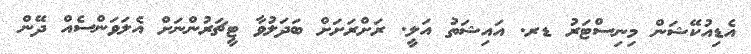
އެޑިއުކޭޝަން މިނިސްޓަރު ޑރ. އައިޝަތު އަލީ. ރަށްރަށަށް ބަދަލުވާ ޓީޗަރުންނަށް އެލަވަންސެއް ދޭން